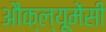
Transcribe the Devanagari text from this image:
औक्ल्यूमेंसी